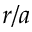
r / a